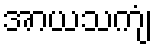
အာယသကျံ